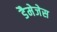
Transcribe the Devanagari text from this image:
डैमेजेस